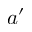
a ^ { \prime }